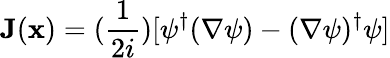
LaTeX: {\mathbf{J}}({\mathbf{x}})=(\frac{1}{2i})[\psi^{\dagger}(\nabla\psi)-(\nabla\psi)^{\dagger}\psi]